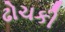
ઢોચકી